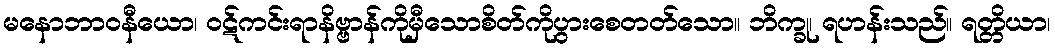
မနောဘာဝနီယော၊ ဝဋ်ကင်းရာနိဗ္ဗာန်ကိုမှီသောစိတ်ကိုပွားစေတတ်သော။ ဘိက္ခု၊ ရဟန်းသည်။ ရတ္တိယာ၊